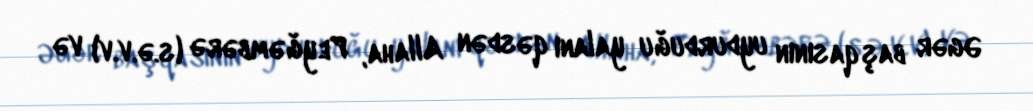
Əgər başqasının uydurduğu yalanı qəsdən Allaha, Peyğəmbərə (s.ə.v.v) və